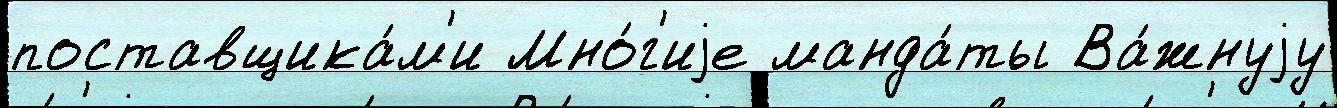
поставщика́м'и Мно́г'иjе манда́ты Ва́жнуjу